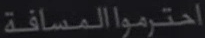
احترمواالمسافة